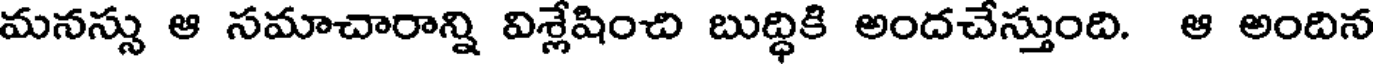
మనస్సు ఆ సమాచారాన్ని విశ్లేషించి బుద్ధికి అందచేస్తుంది. ఆ అందిన